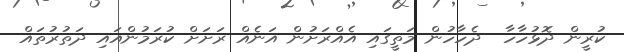
ކުރީން ދޮޅުހާހާ  ދެހާހުން މަތީގައި އެއްރަށުން އަނެއް ރަށަށް ކުރަމުންއައި ދަތުރުތައް